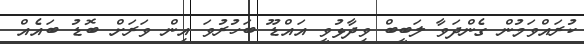
ކުރައްވަމުން ގެންދަވާ ލަބީބް ވިދާޅުވީ އައްޑޫ ބަހުރުވަ އިން ވަރަށް ބޮޑު ބައެއް